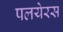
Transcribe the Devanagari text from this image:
पलयेरस